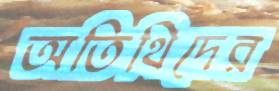
অতিথিদের